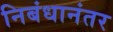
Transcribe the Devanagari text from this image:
निबंधानंतर